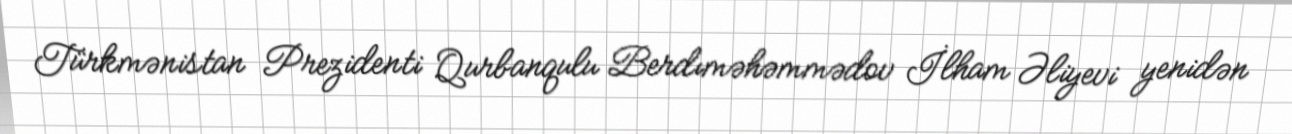
Türkmənistan Prezidenti Qurbanqulu Berdıməhəmmədov İlham Əliyevi yenidən